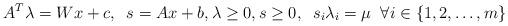
LaTeX: \begin{align*} A^{T} \lambda = Wx + c, \;\; s = Ax + b, \lambda \ge 0, s \ge 0, \;\;s_i \lambda_i = \mu \;\; \forall i \in \{1, 2,\ldots, m\}\end{align*}